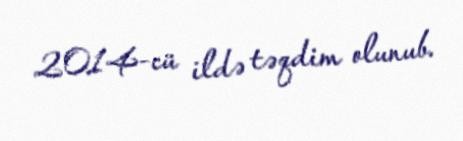
2014-cü ildə təqdim olunub.